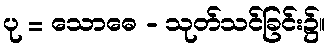
ပု = သောဓေ - သုတ်သင်ခြင်း၌။